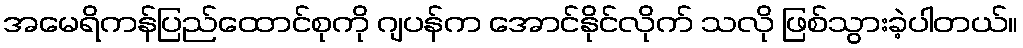
အမေရိကန်ပြည်ထောင်စုကို ဂျပန်က အောင်နိုင်လိုက် သလို ဖြစ်သွားခဲ့ပါတယ်။